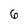
Character: 6